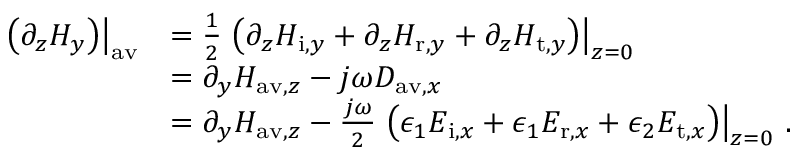
\begin{array} { r l } { \left. \left( \partial _ { z } H _ { y } \right) \right| _ { \mathrm { a v } } } & { = \frac { 1 } { 2 } \left. \left( \partial _ { z } H _ { \mathrm { i } , y } + \partial _ { z } H _ { \mathrm { r } , y } + \partial _ { z } H _ { \mathrm { t } , y } \right) \right| _ { z = 0 } } \\ & { = \partial _ { y } H _ { \mathrm { a v } , z } - j \omega D _ { \mathrm { a v } , x } } \\ & { = \partial _ { y } H _ { \mathrm { a v } , z } - \frac { j \omega } { 2 } \left. \left( \epsilon _ { 1 } E _ { \mathrm { i } , x } + \epsilon _ { 1 } E _ { \mathrm { r } , x } + \epsilon _ { 2 } E _ { \mathrm { t } , x } \right) \right| _ { z = 0 } \, . } \end{array}